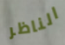
الناظر